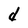
Character: d